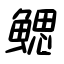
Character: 鰓